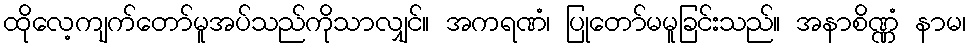
ထိုလေ့ကျက်တော်မူအပ်သည်ကိုသာလျှင်။ အကရဏံ၊ ပြုတော်မမူခြင်းသည်။ အနာစိဏ္ဏံ နာမ၊